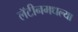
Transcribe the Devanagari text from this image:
लॅटीनमधल्या